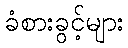
ခံစားခွင့်များ